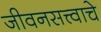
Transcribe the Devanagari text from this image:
जीवनसत्त्वाचे